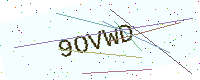
Text: 9OVWD